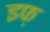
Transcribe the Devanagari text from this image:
इफ्